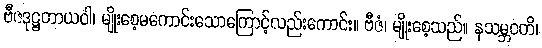
ဗီဇဒုဋ္ဌတာယဝါ၊ မျိုးစေ့မကောင်းသောကြောင့်လည်းကောင်း။ ဗီဇံ၊ မျိုးစေ့သည်။ နသမ္ဘဝတိ၊